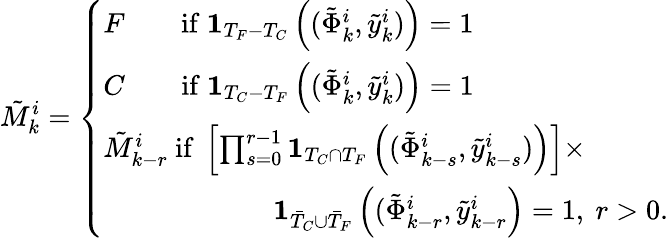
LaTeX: \tilde{M}_{k}^{i}=\left\{ \begin{array}{ll}{F\qquad\mathrm{if}\ \mathbf{1}_{T_{F}-T_{C}}\left((\tilde{\Phi}_{k}^{i},\tilde{y}_{k}^{i})\right)=1}\\ {C\qquad\mathrm{if}\ \mathbf{1}_{T_{C}-T_{F}}\left((\tilde{\Phi}_{k}^{i},\tilde{y}_{k}^{i})\right)=1}\\ {\tilde{M}_{k-r}^{i}\ \mathrm{if}\ \left[\prod_{s=0}^{r-1}\mathbf{1}_{T_{C}\cap T_{F}}\left((\tilde{\Phi}_{k-s}^{i},\tilde{y}_{k-s}^{i})\right)\right]\times}\\ {\qquad\qquad\qquad\mathbf{1}_{\bar{T}_{C}\cup\bar{T}_{F}}\left((\tilde{\Phi}_{k-r}^{i},\tilde{y}_{k-r}^{i}\right)=1,\ r>0.}\end{array}\right.